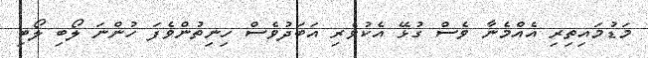
މަޑުމައިތިރި އެއްމެނާ ވެސް ގުޅޭ އެކުވެރި އަބަދުވެސް ހިނިތުންވެފަ ހުންނަ ލޯބި ލޯބި